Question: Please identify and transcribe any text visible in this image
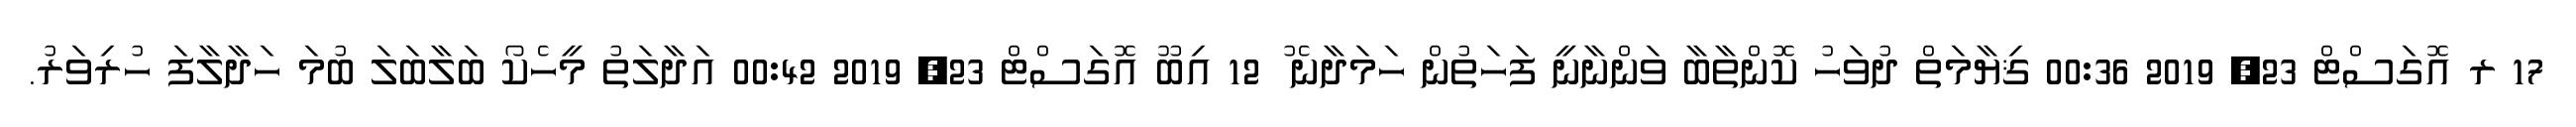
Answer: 17 ރ އޮގަސްޓް 23, 2019 00:36 ޤިޔާމަތް ދުވަހު ކޮންތާބާ ވަންނާނީ ފަހަތުން ހަމަދާނެ ު 12 އިބޫ އޮގަސްޓް 23, 2019 00:42 އަދާލަތު މީހެކޯ ބަލާބަލަ ބުމަ ހަދާލާފަ ހުރިވަރު.